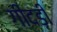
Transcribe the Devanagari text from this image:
गींदड़ी